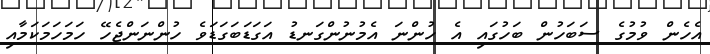
އެހެން ވުމުގެ ސަބަހުން ބަހުގައި އެ ހުންނަ އެމުނުންގަނޑު އަގަޑަބަގަޑަވެ ހުންނަންޖެހޭ ހަމަހަމަކަމާއި